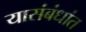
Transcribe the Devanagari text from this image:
यासंबंधांत